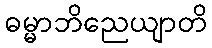
ဓမ္မာဘိညေယျာတိ